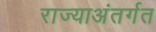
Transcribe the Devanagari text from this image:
राज्याअंतर्गत